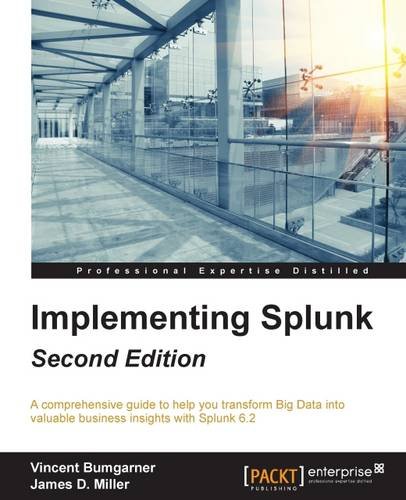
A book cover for Implementing Splunk - Second Edition; Vincent Bumgarner; Computers & Technology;